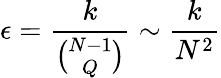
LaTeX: \epsilon=\frac{k}{\binom{N-1}{Q}}\sim\frac{k}{N^{2}}